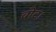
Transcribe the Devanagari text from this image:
वोट।